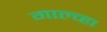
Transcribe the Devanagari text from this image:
गाल्व्हा